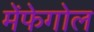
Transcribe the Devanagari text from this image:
मेंफेगोल